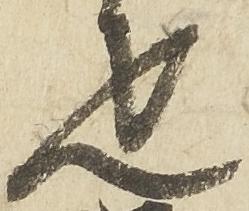
疋